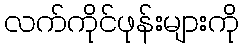
လက်ကိုင်ဖုန်းများကို